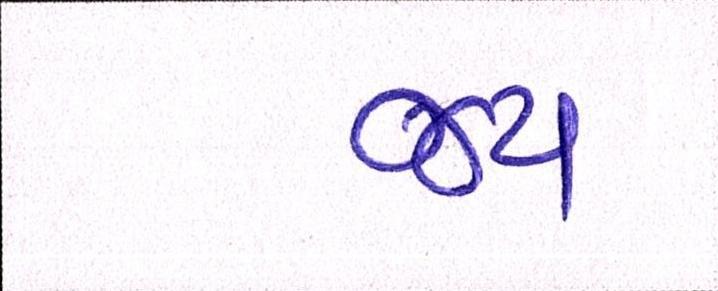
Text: જય